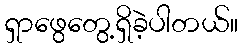
ရှာဖွေတွေ့ရှိခဲ့ပါတယ်။